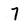
Character: 7